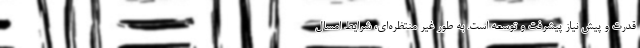
قدرت و پیش نیاز پیشرفت و توسعه است. به طور غیر منتظره‌ای، شرایط امسال